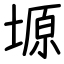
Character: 塬